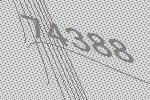
74388